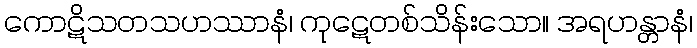
ကောဋိသတသဟဿာနံ၊ ကုဋေတစ်သိန်းသော။ အရဟန္တာနံ၊